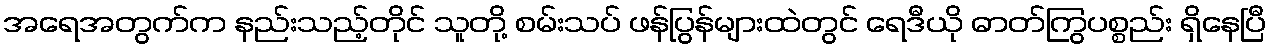
အရေအတွက်က နည်းသည့်တိုင် သူတို့ စမ်းသပ် ဖန်ပြွန်များထဲတွင် ရေဒီယို ဓာတ်ကြွပစ္စည်း ရှိနေပြီ